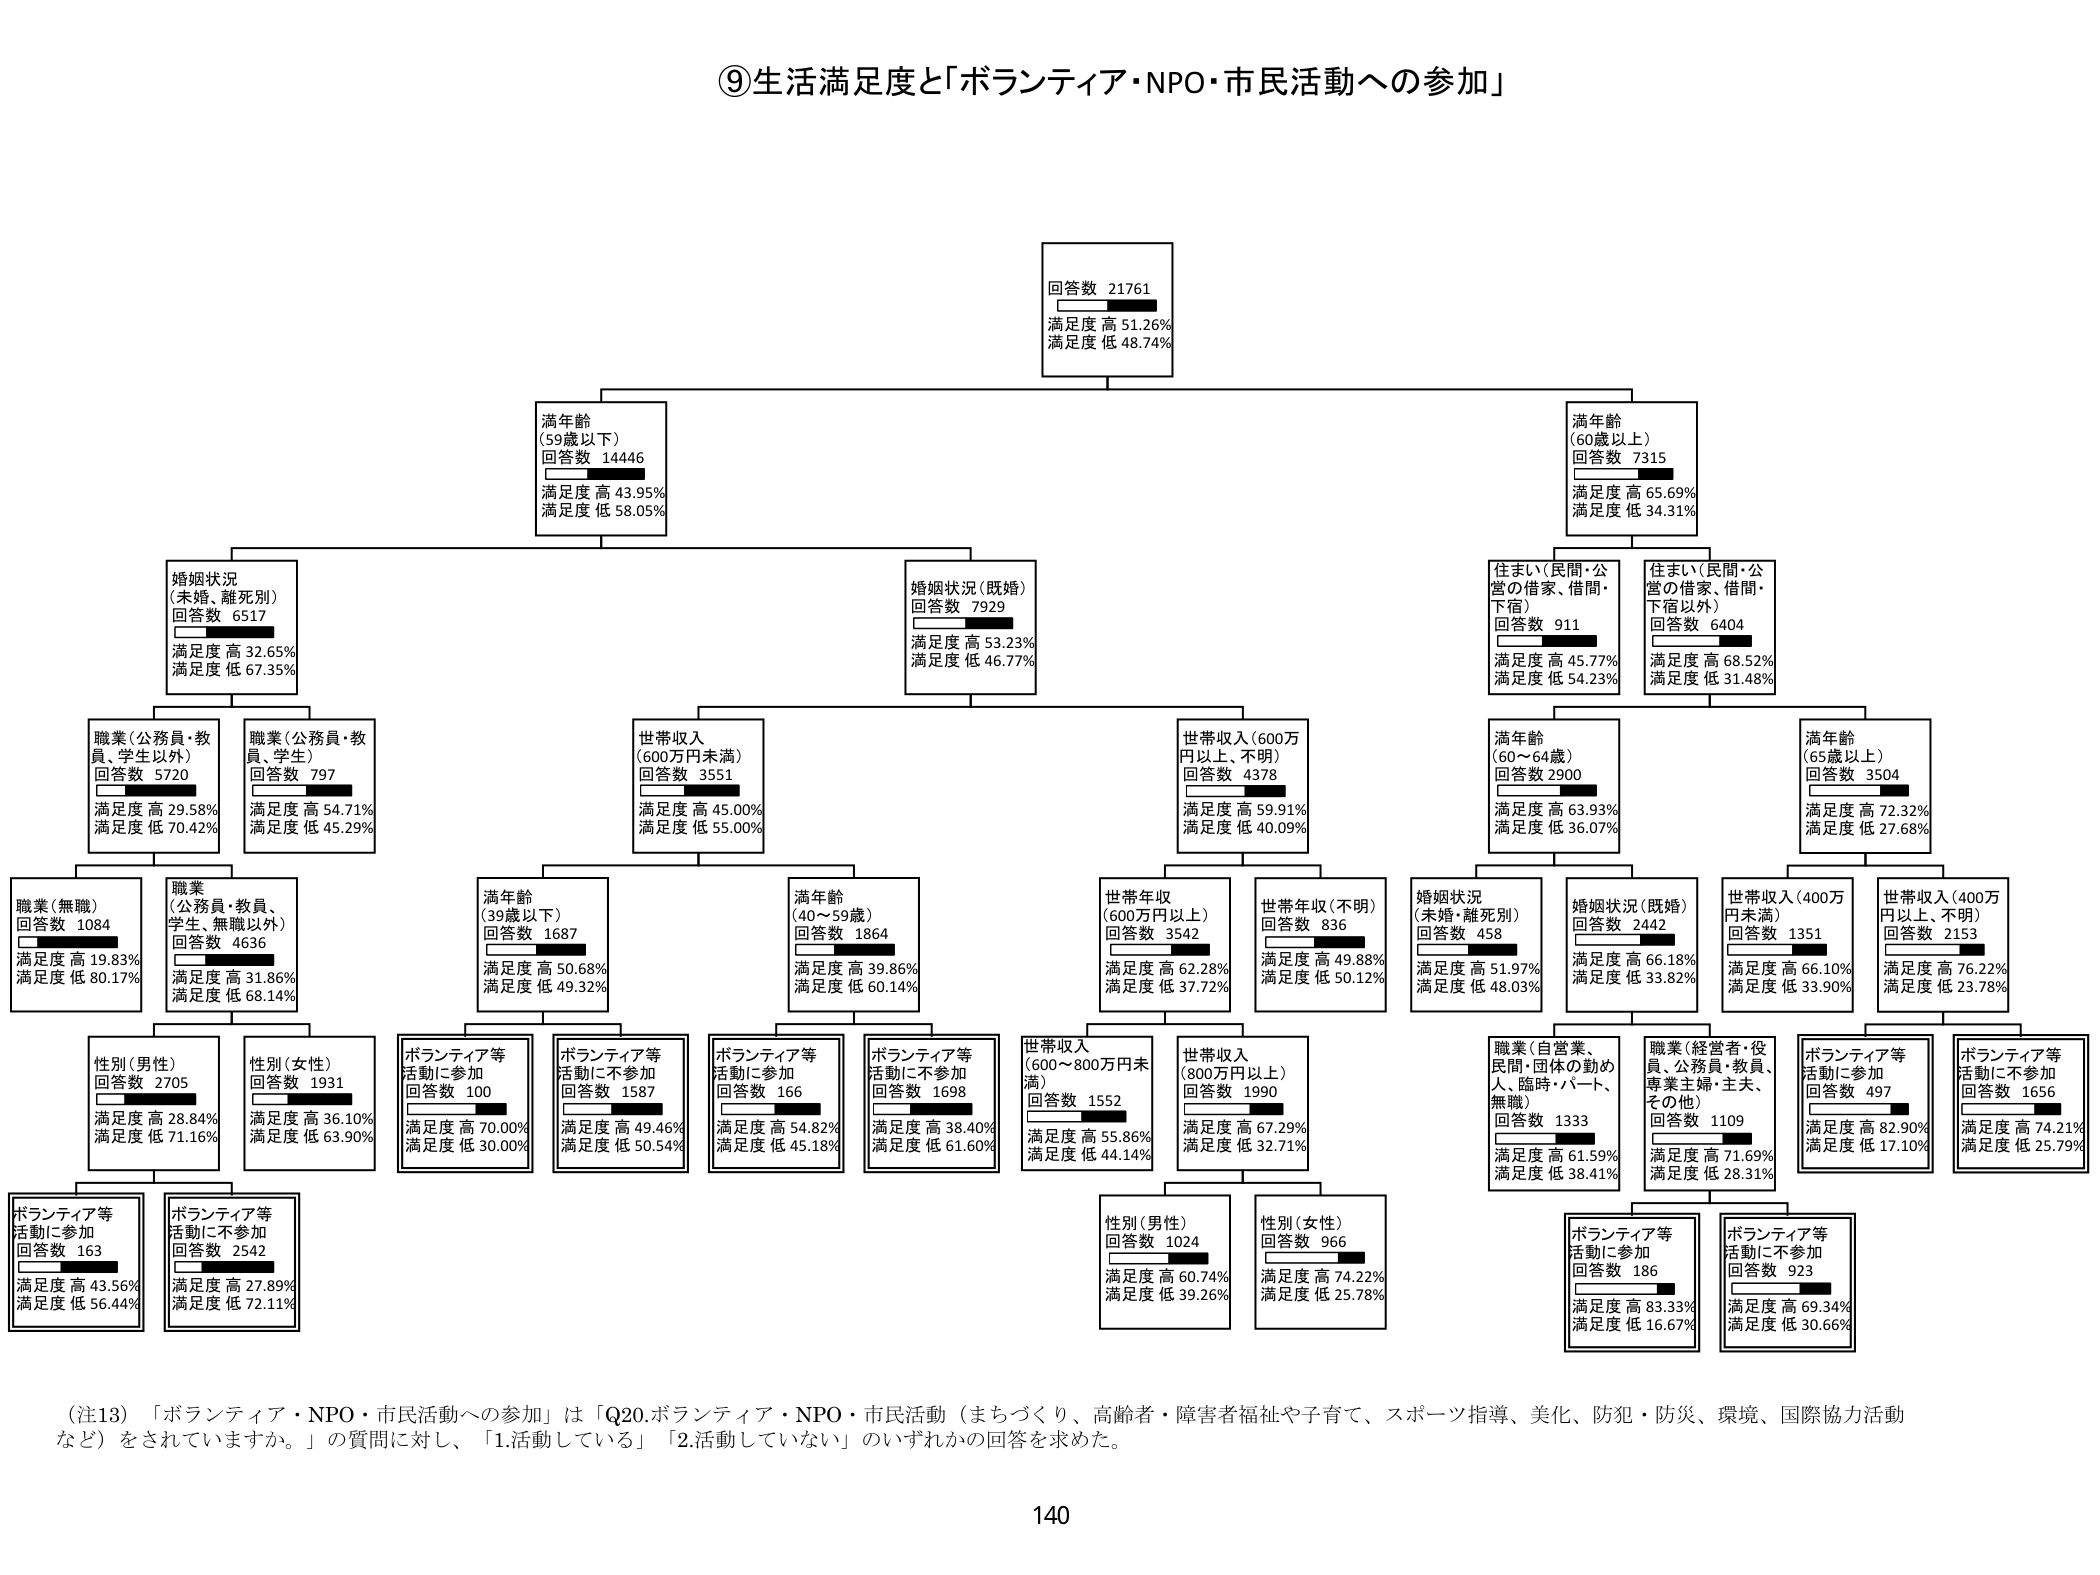
⑨生活満足度と「ボランティア・NPO・市民活動への参加」

回答数 21761
満足度 高 51.26%
満足度 低 48.74%

満年齢
(59歳以下)
回答数 14446
満足度 高 43.95%
満足度 低 58.05%

満年齢
(60歳以上)
回答数 7315
満足度 高 65.69%
満足度 低 34.31%

婚姻状況
(未婚、離死別)
回答数 6517
満足度 高 32.65%
満足度 低 67.35%

婚姻状況
(既婚)
回答数 7929
満足度 高 53.23%
満足度 低 46.77%

住まい(民間・公営の借家、借間・下宿)
回答数 911
満足度 高 45.77%
満足度 低 54.23%

住まい(民間・公営の借家、借間・下宿以外)
回答数 6404
満足度 高 68.52%
満足度 低 31.48%

職業(公務員・教員、学生以外)
回答数 5720
満足度 高 29.58%
満足度 低 70.42%

職業(公務員・教員、学生)
回答数 797
満足度 高 54.71%
満足度 低 45.29%

世帯収入
(600万円未満)
回答数 3551
満足度 高 45.00%
満足度 低 55.00%

世帯収入(600万円以上、不明)
回答数 4378
満足度 高 59.91%
満足度 低 40.09%

満年齢
(60～64歳)
回答数 2900
満足度 高 63.93%
満足度 低 36.07%

満年齢
(65歳以上)
回答数 3504
満足度 高 72.32%
満足度 低 27.68%

職業(無職)
回答数 1084
満足度 高 19.83%
満足度 低 80.17%

職業(公務員・教員、学生、無職以外)
回答数 4636
満足度 高 31.86%
満足度 低 68.14%

満年齢
(39歳以下)
回答数 1687
満足度 高 50.68%
満足度 低 49.32%

満年齢
(40～59歳)
回答数 1864
満足度 高 39.86%
満足度 低 60.14%

世帯年収
(600万円以上)
回答数 3542
満足度 高 62.28%
満足度 低 37.72%

世帯年収(不明)
回答数 836
満足度 高 49.88%
満足度 低 50.12%

婚姻状況
(未婚・離死別)
回答数 458
満足度 高 51.97%
満足度 低 48.03%

婚姻状況(既婚)
回答数 2442
満足度 高 66.18%
満足度 低 33.82%

世帯収入(400万円未満)
回答数 1351
満足度 高 66.10%
満足度 低 33.90%

世帯収入(400万円以上、不明)
回答数 2153
満足度 高 76.22%
満足度 低 23.78%

性別(男性)
回答数 2705
満足度 高 28.84%
満足度 低 71.16%

性別(女性)
回答数 1931
満足度 高 36.10%
満足度 低 63.90%

ボランティア等活動に参加
回答数 100
満足度 高 70.00%
満足度 低 30.00%

ボランティア等活動に不参加
回答数 1587
満足度 高 49.46%
満足度 低 50.54%

ボランティア等活動に参加
回答数 166
満足度 高 54.82%
満足度 低 45.18%

ボランティア等活動に不参加
回答数 1698
満足度 高 38.40%
満足度 低 61.60%

世帯収入(600～800万円未満)
回答数 1552
満足度 高 55.86%
満足度 低 44.14%

世帯収入(800万円以上)
回答数 1990
満足度 高 67.29%
満足度 低 32.71%

職業(自営業、民間・団体の勤め人、臨時・パート、無職)
回答数 1333
満足度 高 61.59%
満足度 低 38.41%

職業(経営者・役員、公務員・教員、専業主婦・主夫、その他)
回答数 1109
満足度 高 71.69%
満足度 低 28.31%

ボランティア等活動に参加
回答数 497
満足度 高 82.90%
満足度 低 17.10%

ボランティア等活動に不参加
回答数 1656
満足度 高 74.21%
満足度 低 25.79%

性別(男性)
回答数 1024
満足度 高 60.74%
満足度 低 39.26%

性別(女性)
回答数 966
満足度 高 74.22%
満足度 低 25.78%

ボランティア等活動に参加
回答数 186
満足度 高 83.33%
満足度 低 16.67%

ボランティア等活動に不参加
回答数 923
満足度 高 69.34%
満足度 低 30.66%

(注13) 「ボランティア・NPO・市民活動への参加」は「Q20.ボランティア・NPO・市民活動（まちづくり、高齢者・障害者福祉や子育て、スポーツ指導、美化、防犯・防災、環境、国際協力活動など）をされていますか。」の質問に対し、「1.活動している」「2.活動していない」のいずれかの回答を求めた。

140